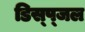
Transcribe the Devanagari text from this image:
डिस्प्जल